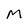
Character: M